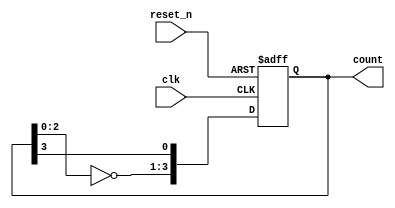
`timescale 1ns / 1ps
//////////////////////////////////////////////////////////////////////////////////
// Company: 
// Engineer: 
// 
// Design Name: 
// Module Name: jhonson_counter
// Project Name: 
// Target Devices: 
// Tool Versions: 
// Description: 
// 
// Dependencies: 
// 
// Revision:
// Revision 0.01 - File Created
// Additional Comments:
// 
//////////////////////////////////////////////////////////////////////////////////

module jhonson_counter(
                        input clk,
                        input reset_n,
                        output reg [3:0] count);

always@(posedge clk, negedge reset_n)
begin
    if(!reset_n)
    count<='b0;
    else
    count<={~count[2:0], count[3]};
end                    
endmodule